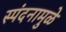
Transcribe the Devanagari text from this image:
स्पंदनामुळे